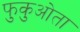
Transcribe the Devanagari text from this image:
फुकुओता